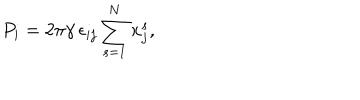
P _ { i } = 2 \pi \gamma \, \epsilon _ { i j } \sum _ { s = 1 } ^ { N } x _ { j } ^ { s } ,